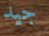
جيد